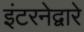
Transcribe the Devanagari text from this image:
इंटरनेद्वारे